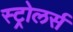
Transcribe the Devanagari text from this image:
स्ट्रोलर्स